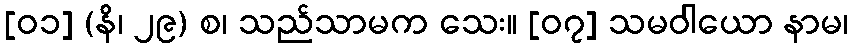
[၀၁] (နိ၊ ၂၉) စ၊ သည်သာမက သေး။ [၀၇] သမဝါယော နာမ၊